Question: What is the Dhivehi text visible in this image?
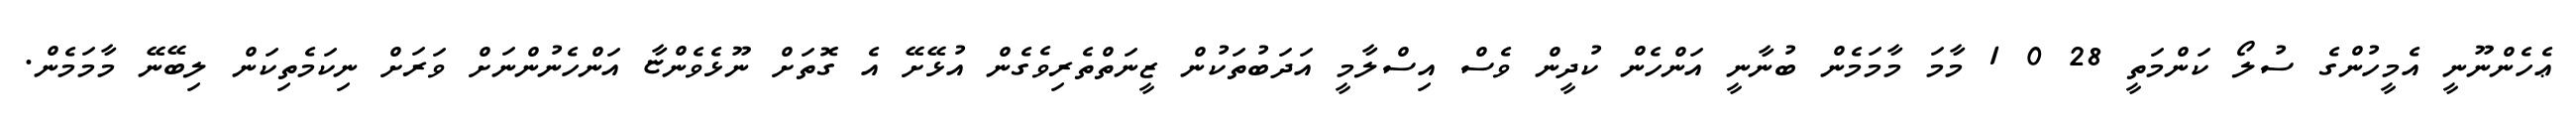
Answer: ޢެހެންނޫނީ އެމީހުންގެ ސުލޯ ކަންމަތީ 28 0 1 މާމަ މާމަމެން ބުނާނީ އަންހެން ކުދީން ވެސް އިސްލާމީ އަދަބުތަކުން ޒީނަތްތެރިވެގެން އުޅޭށޭ އެ ގޮތަށް ނޫޅެވެންޏާ އަންހެނުންނަށް ވަރަށް ނިކަމެތިކަން ލިބޭނޭ މާމަމެން.